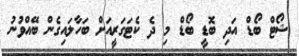
ޝޯޓް ބޯޑް އަދި ބޮޑީ ބޯޑް މި ދެ ކެޓަގަރީއަށް ބަހާލައިގެން ބޭއްވުނު